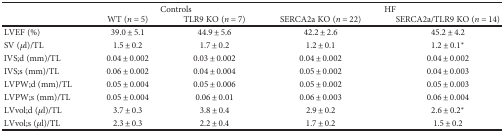
<table><thead><tr><td></td><td colspan="2"><b>Controls</b></td><td colspan="2"><b>HF</b></td></tr><tr><td></td><td><b>WT (<i>n</i> = 5)</b></td><td><b>TLR9 KO (<i>n</i> = 7)</b></td><td><b>SERCA2a KO (<i>n</i> = 22)</b></td><td><b>SERCA2a/TLR9 KO (<i>n</i> = 14)</b></td></tr></thead><tbody><tr><td>LVEF (%)</td><td>39.0 ± 5.1</td><td>44.9 ± 5.6</td><td>42.2 ± 2.6</td><td>45.2 ± 4.2</td></tr><tr><td>SV (<i>μ</i>l)/TL</td><td>1.5 ± 0.2</td><td>1.7 ± 0.2</td><td>1.2 ± 0.1</td><td>1.2 ± 0.1<sup>∗</sup></td></tr><tr><td>IVS;d (mm)/TL</td><td>0.04 ± 0.002</td><td>0.03 ± 0.002</td><td>0.04 ± 0.002</td><td>0.04 ± 0.002</td></tr><tr><td>IVS;s (mm)/TL</td><td>0.06 ± 0.002</td><td>0.04 ± 0.004</td><td>0.05 ± 0.002</td><td>0.04 ± 0.003</td></tr><tr><td>LVPW;d (mm)/TL</td><td>0.05 ± 0.004</td><td>0.05 ± 0.006</td><td>0.05 ± 0.002</td><td>0.05 ± 0.003</td></tr><tr><td>LVPW;s (mm)/TL</td><td>0.05 ± 0.004</td><td>0.06 ± 0.01</td><td>0.06 ± 0.003</td><td>0.06 ± 0.004</td></tr><tr><td>LVvol;d (<i>μ</i>l)/TL</td><td>3.7 ± 0.3</td><td>3.8 ± 0.4</td><td>2.9 ± 0.2</td><td>2.6 ± 0.2<sup>∗</sup></td></tr><tr><td>LVvol;s (<i>μ</i>l)/TL</td><td>2.3 ± 0.3</td><td>2.2 ± 0.4</td><td>1.7 ± 0.2</td><td>1.5 ± 0.2</td></tr></tbody></table>